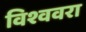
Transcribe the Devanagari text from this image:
विश्ववरा